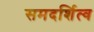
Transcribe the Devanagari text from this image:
समदर्शित्व